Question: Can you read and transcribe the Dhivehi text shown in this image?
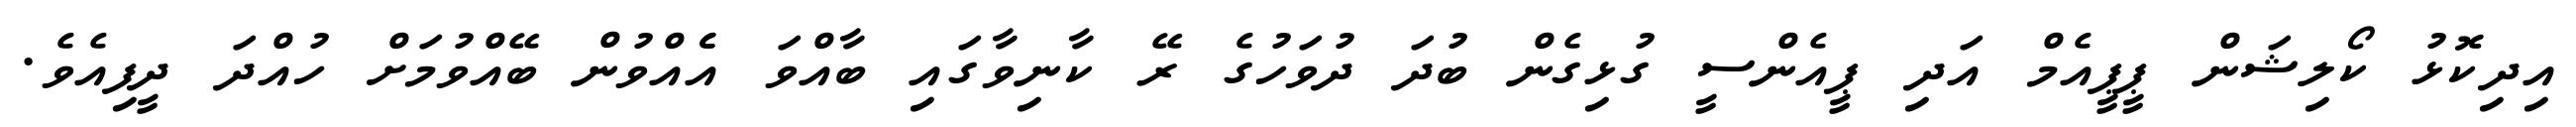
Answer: އިދިކޮޅު ކޯލިޝަން ޕީޕީއެމް އަދި ޕީއެންސީ ގުޅިގެން ބުދަ ދުވަހުގެ ރޭ ކާނިވާގައި ބާއްވަ އެެއްވުން ބޭއްވުމަށް ހުއްދަ ދީފިއެވެ.